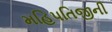
મહિપતિજીની